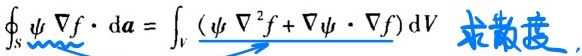
\[ \oint_{S} \psi \nabla f \cdot \mathrm{d}\boldsymbol{a} = \int_{V} (\psi \nabla^{2}f + \nabla \psi \cdot \nabla f) \mathrm{d}V \]